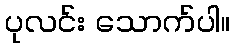
ပုလင်း သောက်ပါ။